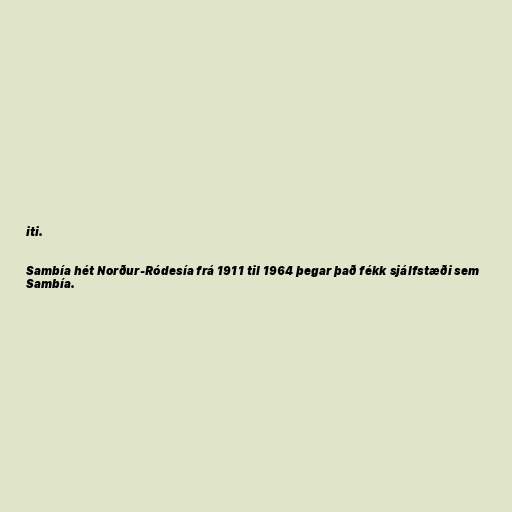
iti.

Sambía hét Norður-Ródesía frá 1911 til 1964 þegar það fékk sjálfstæði sem
Sambía.